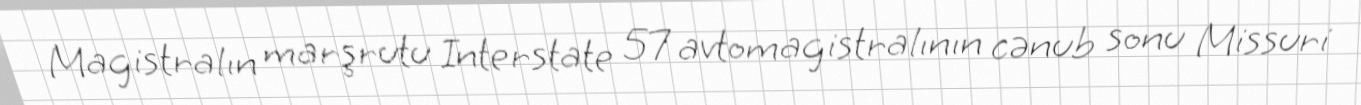
Magistralın marşrutu Interstate 57 avtomagistralının cənub sonu Missuri